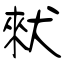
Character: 猌